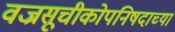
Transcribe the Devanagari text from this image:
वज्रसूचीकोपनिषदाच्या